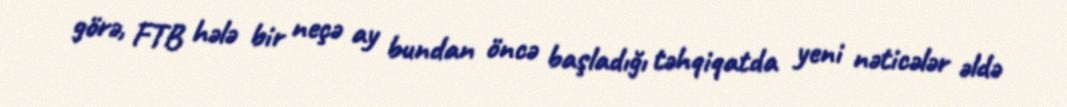
görə, FTB hələ bir neçə ay bundan öncə başladığı təhqiqatda yeni nəticələr əldə